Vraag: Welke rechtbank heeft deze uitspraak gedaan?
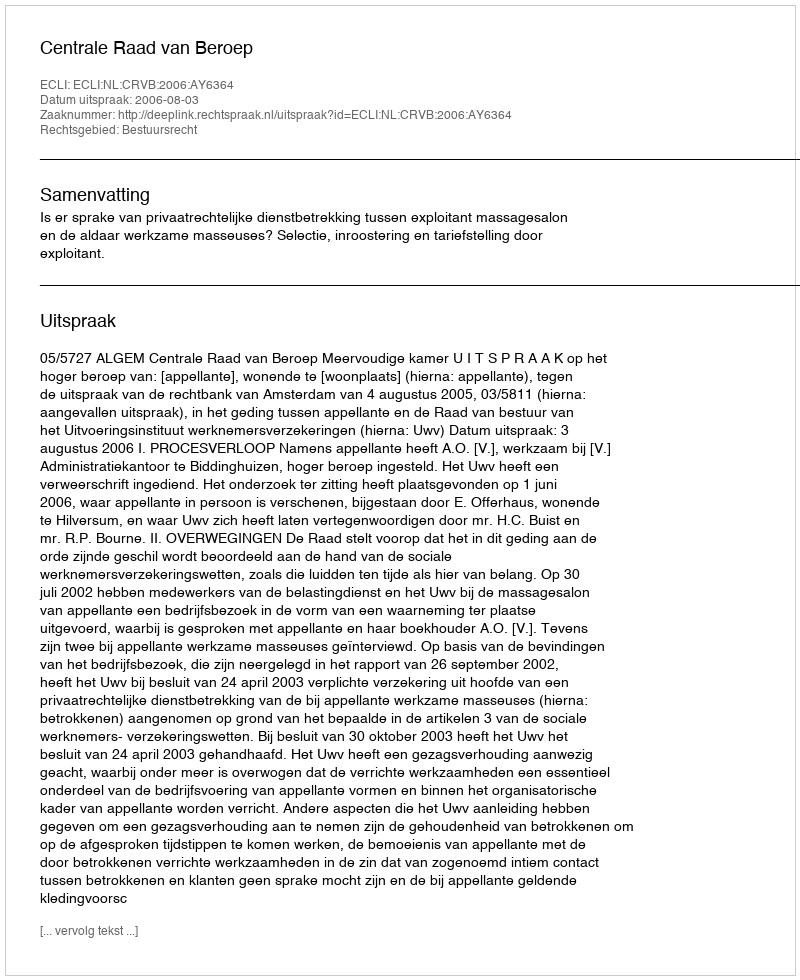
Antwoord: Centrale Raad van Beroep